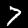
Digit: 7